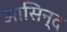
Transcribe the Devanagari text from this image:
आसिन्‍द